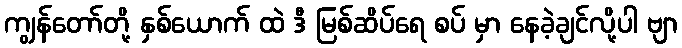
ကျွန်တော်တို့ နှစ်ယောက် ထဲ ဒီ မြစ်ဆိပ်ရေ စပ် မှာ နေခဲ့ချင်လို့ပါ ဗျာ